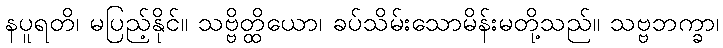
နပူရတိ၊ မပြည့်နိုင်။ သဗ္ဗိတ္ထိယော၊ ခပ်သိမ်းသောမိန်းမတို့သည်။ သဗ္ဗဘက္ခာ၊